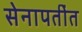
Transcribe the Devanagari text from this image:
सेनापतींत